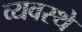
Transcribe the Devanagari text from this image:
व्यवस्थे